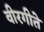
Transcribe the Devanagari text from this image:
वीरगीते